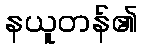
နယူတန်၏